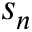
s _ { n }